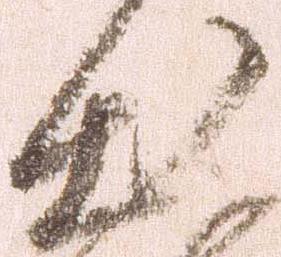
出